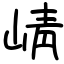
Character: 崝